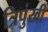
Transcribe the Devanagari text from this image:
त्रिपुंखी